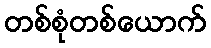
တစ်စုံတစ်ယောက်